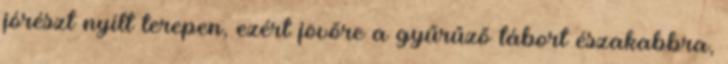
jórészt nyílt terepen, ezért jövőre a gyűrűző tábort északabbra,